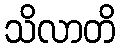
သိလာတိ